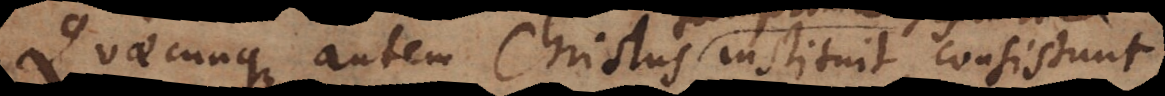
Quaecunque autem Christus instituit, consistunt